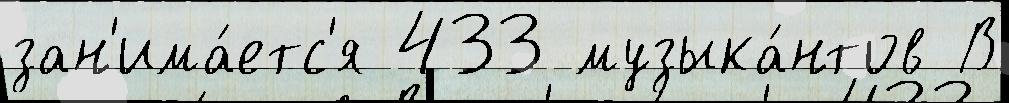
зан'има́етс'я 433 музыка́нтов В